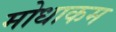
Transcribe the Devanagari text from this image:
मोधाकम